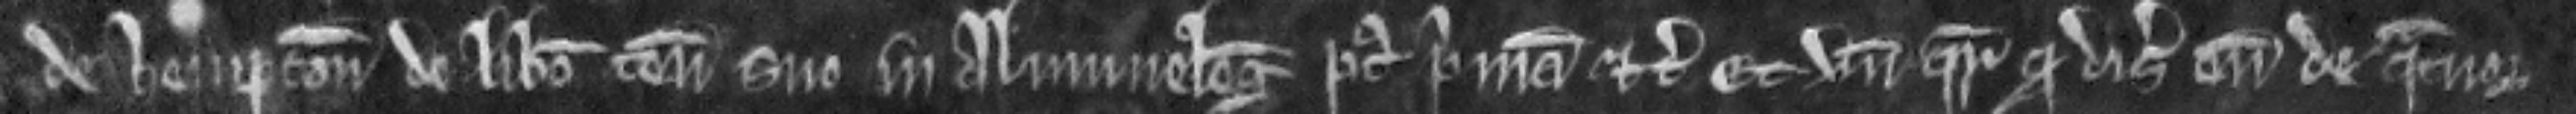
de Hempton de libero tenemento suo in Alvinneleg post primam etc. Et unde queritur quod disseisiverunt eum de quatuor